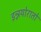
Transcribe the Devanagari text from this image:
इन्नयोरातो